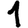
Digit: 1